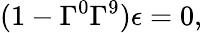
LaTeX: (1-\Gamma^{0}\Gamma^{9})\epsilon=0,